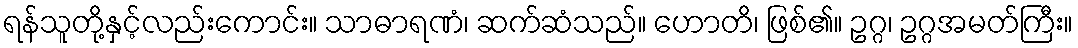
ရန်သူတို့နှင့်လည်းကောင်း။ သာဓာရဏံ၊ ဆက်ဆံသည်။ ဟောတိ၊ ဖြစ်၏။ ဥဂ္ဂ၊ ဥဂ္ဂအမတ်ကြီး။